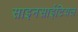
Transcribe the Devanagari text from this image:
साइनसाईटियल